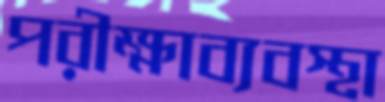
পরীক্ষাব্যবস্থা